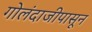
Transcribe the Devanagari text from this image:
गोलंदाजीपासून